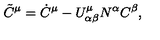
\tilde { C } ^ { \mu } = \dot { C } ^ { \mu } - U _ { \alpha \beta } ^ { \mu } N ^ { \alpha } C ^ { \beta } ,